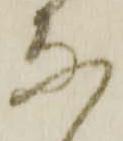
な